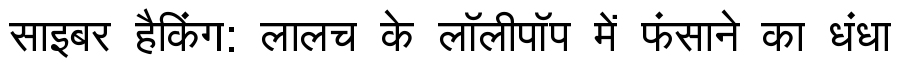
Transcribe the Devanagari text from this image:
साइबर हैकिंग: लालच के लॉलीपॉप में फंसाने का धंधा